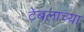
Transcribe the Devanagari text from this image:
टेबलाच्या